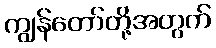
ကျွန်တော်တို့အတွက်